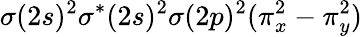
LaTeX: \sigma(2s)^{2}\sigma^{*}(2s)^{2}\sigma(2p)^{2}(\pi_{x}^{2}-\pi_{y}^{2})